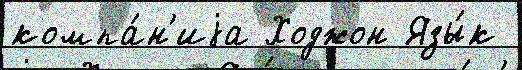
компа́н'иjа Ходжон Язы́к